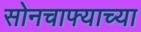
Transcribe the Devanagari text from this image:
सोनचाफ्याच्या